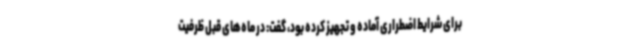
برای شرایط اضطراری آماده و تجهیز کرده بود، گفت: در ماه‌های قبل ظرفیت